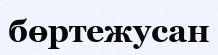
бөртежусан